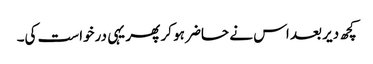
کچھ دیر بعد اس نے حاضر ہو کر پھر یہی درخواست کی۔